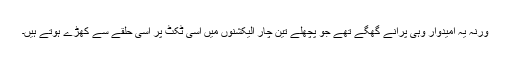
ورنہ یہ امیدوار وہی پرانے گھگے تھے جو پچھلے تین چار الیکشنوں میں اسی ٹکٹ پر اسی حلقے سے کھڑے ہوتے ہیں۔